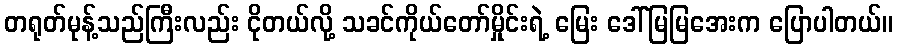
တရုတ်မုန့်သည်ကြီးလည်း ငိုတယ်လို့ သခင်ကိုယ်တော်မှိုင်းရဲ့ မြေး ဒေါ်မြမြအေးက ပြောပါတယ်။